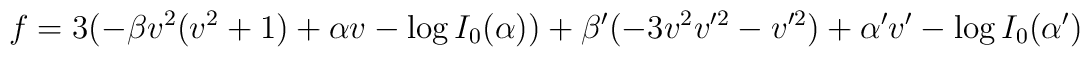
f = 3(-\beta v^2(v^2+1)+\alpha v-\log I_{0}(\alpha))+\beta'(-3v^2v'^2-v'^2)+\alpha' v' -\log I_{0}(\alpha')